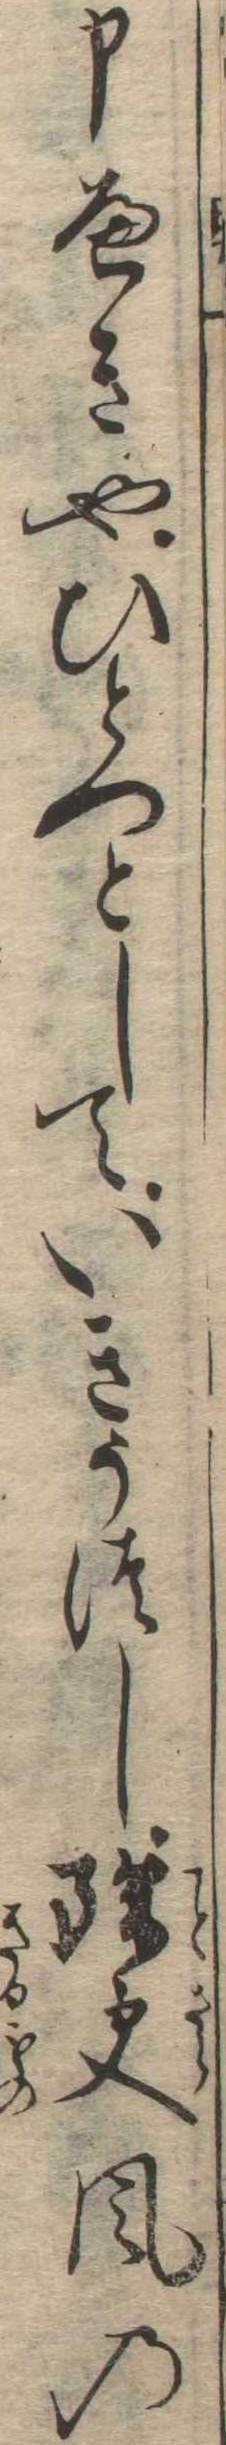
申へきやひとつとしていきうつし殊更風の